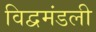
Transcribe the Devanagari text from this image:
विद्वमंडली